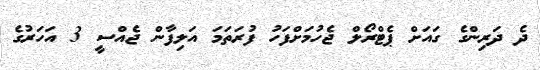
ދެ ދަރިންގެ ގައަށް ޕެޓްރޯލް ޖެހުމަށްފަހު ފުރަތަމަ އަލިފާން ޖެއްސީ 3 އަހަރުގެ